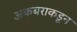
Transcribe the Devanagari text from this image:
अकबराकडून